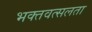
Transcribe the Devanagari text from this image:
भक्तवत्सलता